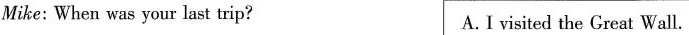
Mike: When was your last trip? A.I visited the Great Wall.